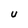
Character: U